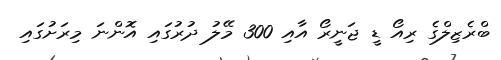
ބްރެޒިލްގެ ރިއޯ ޑީ ޖަނީރޯ އާއި 300 މޭލު ދުރުގައި އޮންނަ މިރަށުގައި